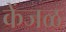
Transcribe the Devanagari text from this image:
केंजळ